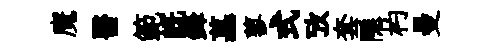
魔醫範旣鋒墓蓼式攷套隱杓曼